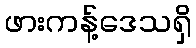
ဖားကန့်ဒေသရှိ